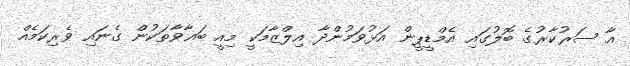
އާ ސަރުކާރުގެ ބޮލުގައި އެމްޑީޕީން އަޅުވަމުންދާ އިލްޒާމަކީ މިއީ ބަޣާވާތަކުން ގެނައި ވެރިކަމެއް